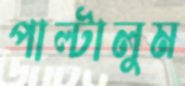
পাল্‌টালুম